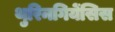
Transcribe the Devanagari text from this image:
थुरिनगियेंसिस